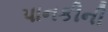
પાનકીની